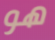
هو